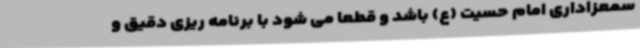
سمعزاداری امام حسیت (ع) باشد و قطعا می شود با برنامه ریزی دقیق و